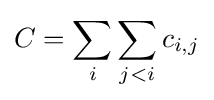
C=\sum _{i}\sum _{j<i}c_{i,j}